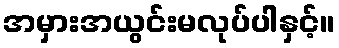
အမှားအယွင်းမလုပ်ပါနှင့်။